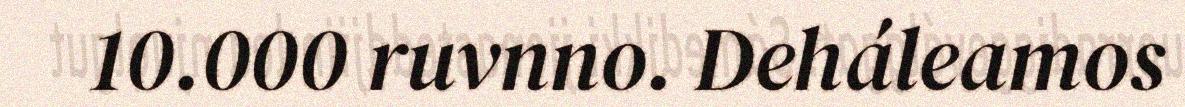
10.000 ruvnno. Deháleamos